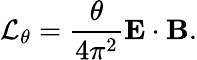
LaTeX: {\cal L}_{\theta}=\frac{\theta}{4\pi^{2}}{\mathbf E}\cdot{\mathbf B}.